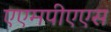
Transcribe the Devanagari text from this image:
एएमपीएएस